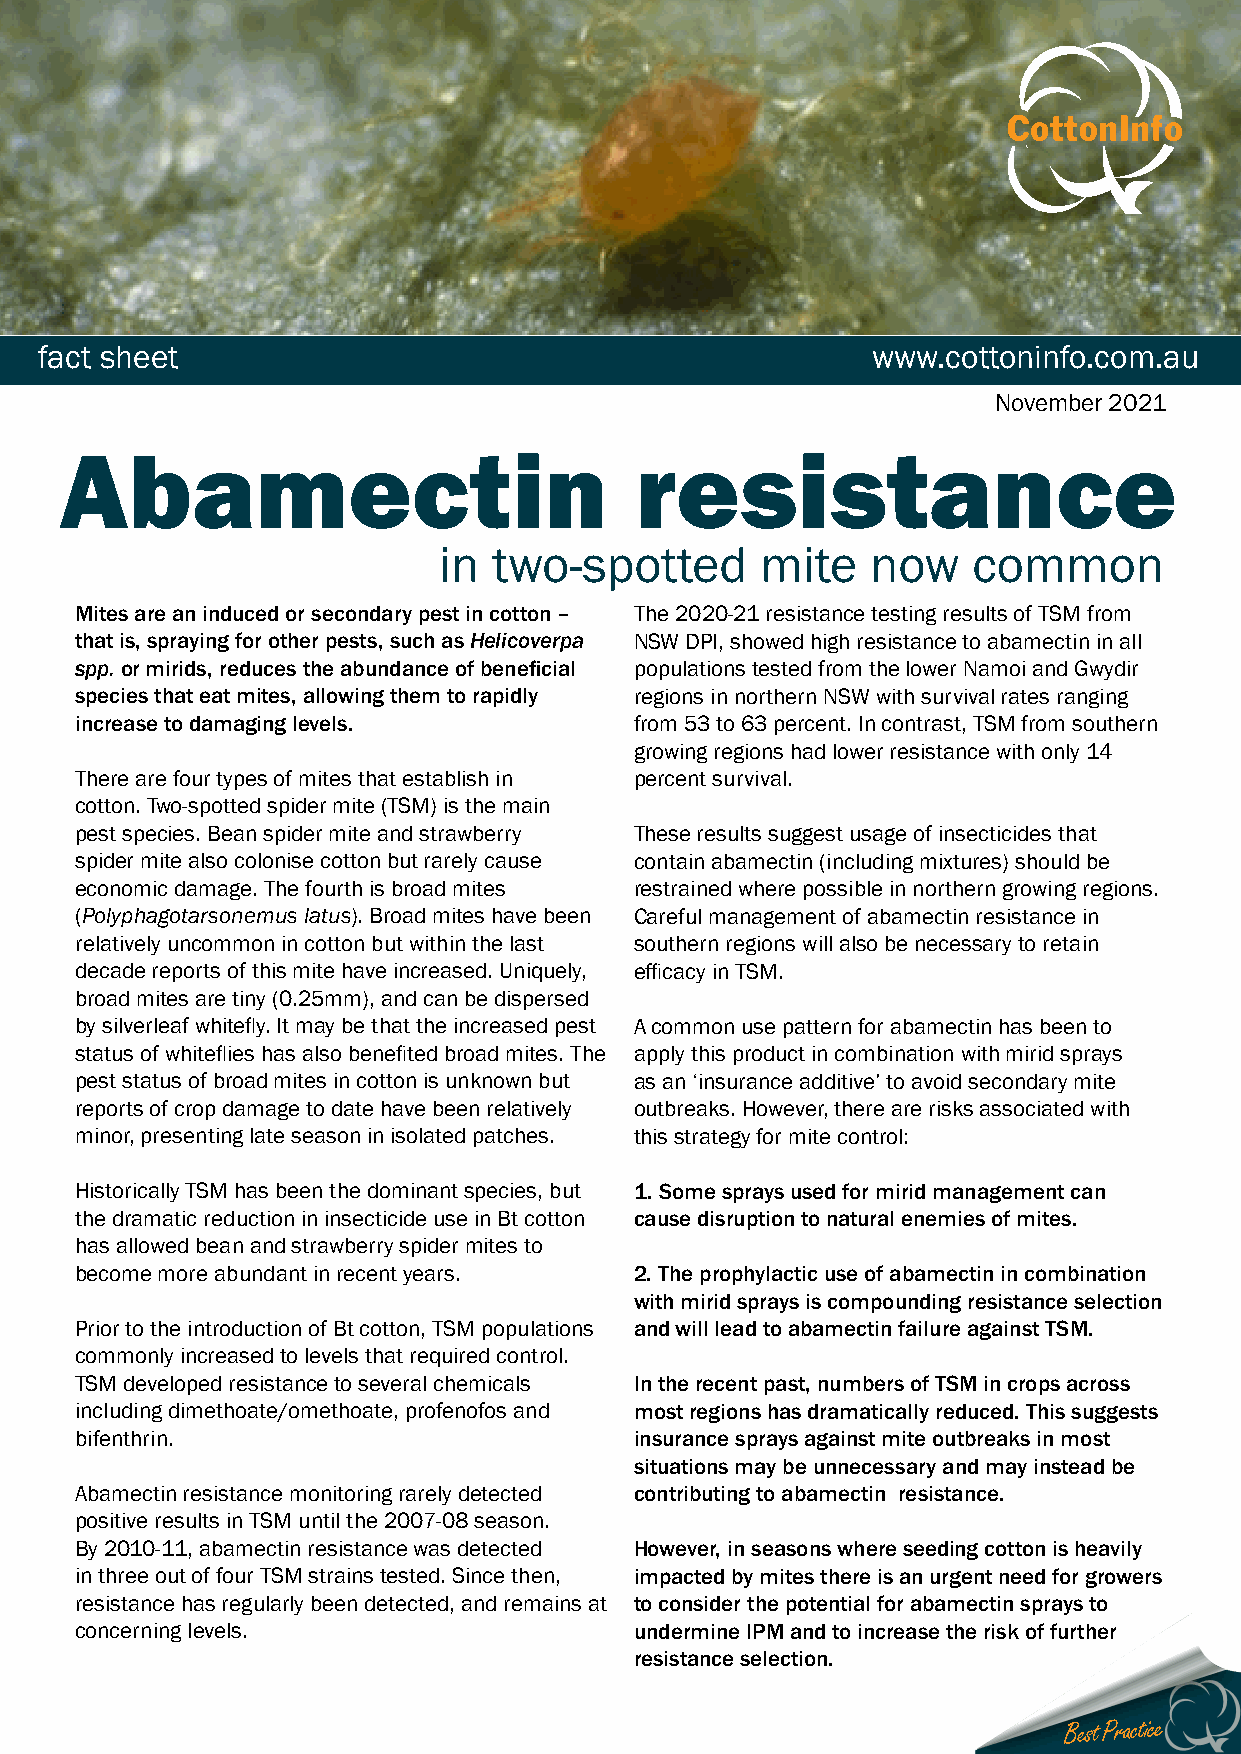
fact sheet                                             www.cottoninfo.com.au
 November 2021
 Abamectin                             resistance
 in  two-spotted      mite    now   common
 Mites are an induced or secondary pest in cotton – The 2020-21 resistance testing results of TSM from
 that is, spraying for other pests, such as Helicoverpa NSW DPI, showed high resistance to abamectin in all
 spp. or mirids, reduces the abundance of beneficial populations tested from the lower Namoi and Gwydir
 species that eat mites, allowing them to rapidly regions in northern NSW with survival rates ranging
 increase to damaging levels.         from 53 to 63 percent. In contrast, TSM from southern
 growing regions had lower resistance with only 14
 There are four types of mites that establish in percent survival.
 cotton. Two-spotted spider mite (TSM) is the main
 pest species. Bean spider mite and strawberry These results suggest usage of insecticides that
 spider mite also colonise cotton but rarely cause contain abamectin (including mixtures) should be
 economic damage. The fourth is broad mites restrained where possible in northern growing regions.
 (Polyphagotarsonemus latus). Broad mites have been Careful management of abamectin resistance in
 relatively uncommon in cotton but within the last southern regions will also be necessary to retain
 decade reports of this mite have increased. Uniquely, efficacy in TSM.
 broad mites are tiny (0.25mm), and can be dispersed
 by silverleaf whitefly. It may be that the increased pest A common use pattern for abamectin has been to
 status of whiteflies has also benefited broad mites. The apply this product in combination with mirid sprays
 pest status of broad mites in cotton is unknown but as an ‘insurance additive’ to avoid secondary mite
 reports of crop damage to date have been relatively outbreaks. However, there are risks associated with
 minor, presenting late season in isolated patches. this strategy for mite control:
 Historically TSM has been the dominant species, but 1. Some sprays used for mirid management can
 the dramatic reduction in insecticide use in Bt cotton cause disruption to natural enemies of mites.
 has allowed bean and strawberry spider mites to
 become more abundant in recent years. 2. The prophylactic use of abamectin in combination
 with mirid sprays is compounding resistance selection
 Prior to the introduction of Bt cotton, TSM populations and will lead to abamectin failure against TSM.
 commonly increased to levels that required control.
 TSM developed resistance to several chemicals In the recent past, numbers of TSM in crops across
 including dimethoate/omethoate, profenofos and most regions has dramatically reduced. This suggests
 bifenthrin.                          insurance sprays against mite outbreaks in most
 situations may be unnecessary and may instead be
 Abamectin resistance monitoring rarely detected contributing to abamectin resistance.
 positive results in TSM until the 2007-08 season.
 By 2010-11, abamectin resistance was detected However, in seasons where seeding cotton is heavily
 in three out of four TSM strains tested. Since then, impacted by mites there is an urgent need for growers
 resistance has regularly been detected, and remains at to consider the potential for abamectin sprays to
 concerning levels.                   undermine IPM and to increase the risk of further
 resistance selection.